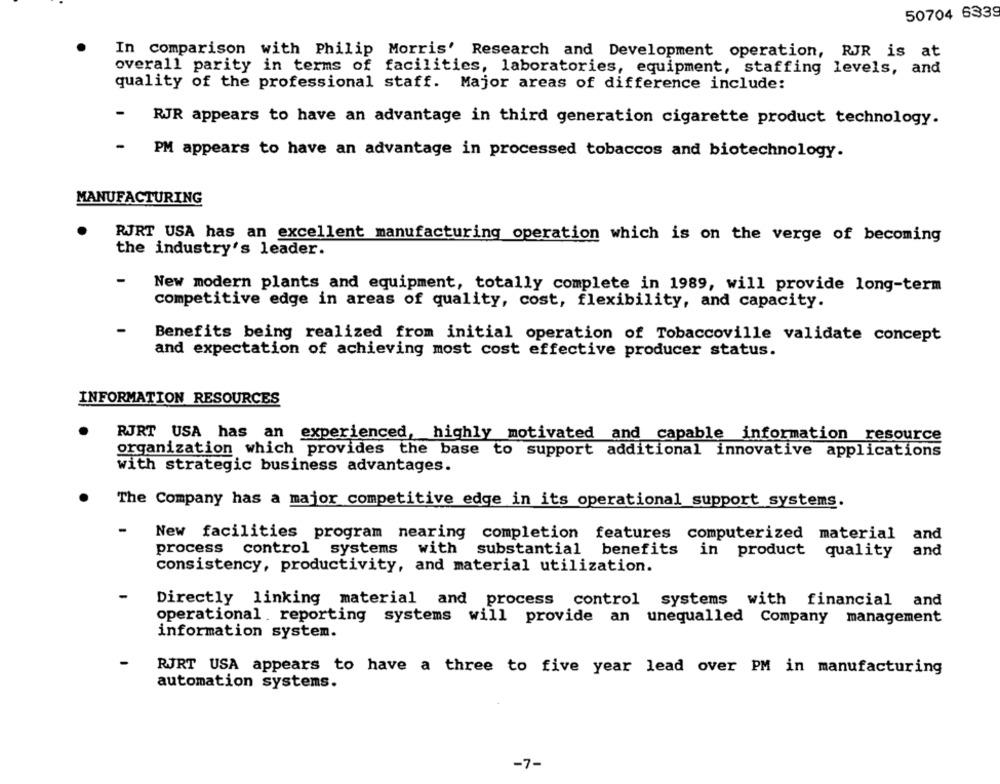
50704 6339
In comparison with Philip Morris' Research and Development operation, RJR is at
overall parity in terms of facilities, laboratories, equipment, staffing levels, and
quality of the professional staff. Major areas of difference include:
-
RJR appears to have an advantage in third generation cigarette product technology.
-
PM appears to have an advantage in processed tobaccos and biotechnology.
MANUFACTURING
RJRT USA has an excellent manufacturing operation which is on the verge of becoming
the industry's leader.
New modern plants and equipment, totally complete in 1989, will provide long-term
competitive edge in areas of quality, cost, flexibility, and capacity.
-
Benefits being realized from initial operation of Tobaccoville validate concept
and expectation of achieving most cost effective producer status.
INFORMATION RESOURCES
RJRT USA has an
experienced, highly motivated and capable information resource
organization which provides the base to support additional innovative applications
with strategic business advantages.
The Company has a major competitive edge in its operational support systems.
-
New facilities program nearing completion features computerized material
and
substantial
process control systems with
benefits in product quality
and
consistency, productivity, and material utilization.
Directly linking material and process control systems with financial and
operational. reporting systems will provide an unequalled Company management
information system.
RJRT USA appears to have a three to five year lead over PM in manufacturing
automation systems.
-7-